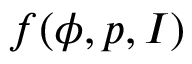
f ( \phi , p , I )